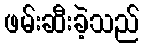
ဖမ်းဆီးခဲ့သည်